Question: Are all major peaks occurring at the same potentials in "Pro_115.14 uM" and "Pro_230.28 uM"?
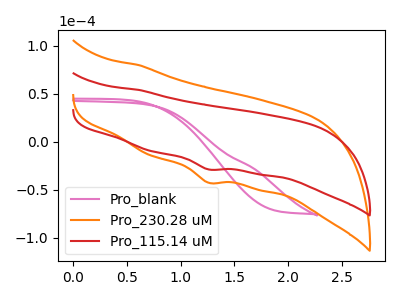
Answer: <think>The pink curve "Pro_blank" has no peaks. The orange curve "Pro_230.28 uM" has a cathodic peak at: (1.25V, -42.70uA). The red curve "Pro_115.14 uM" has a cathodic peak at: (1.25V, -28.85uA).</think>
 <answer>Yes, "Pro_115.14 uM" have a peak in "Pro_230.28 uM" at the same potential.</answer>
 <eval>match</eval>